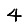
Digit: 4